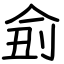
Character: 侴